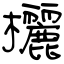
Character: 欐